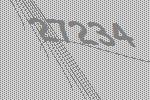
27234